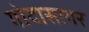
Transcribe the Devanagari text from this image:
गोदासागर